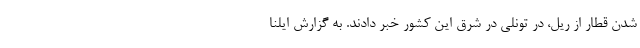
شدن قطار از ریل، در تونلی در شرق این کشور خبر دادند. به گزارش ایلنا